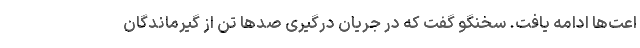
اعت‌ها ادامه یافت. سخنگو گفت که در جریان درگیری صدها تن از گیرماندگان